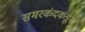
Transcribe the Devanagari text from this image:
समरकंदकडून